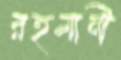
রহমানী